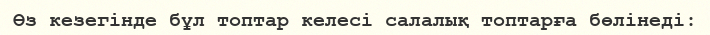
Өз кезегінде бұл топтар келесі салалық топтарға бөлінеді: